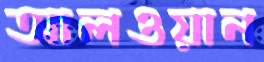
আলওয়ান